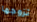
تزوجها